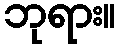
ဘုရား။